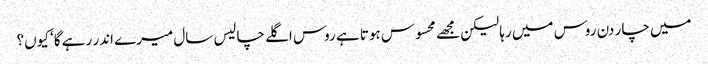
میں چار دن روس میں رہا لیکن مجھے محسوس ہوتا ہے روس اگلے چالیس سال میرے اندر رہے گا‘ کیوں؟